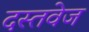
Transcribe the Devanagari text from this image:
दस्तवेज